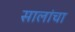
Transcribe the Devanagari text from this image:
सालांचा